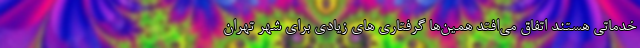
خدماتی هستند اتفاق می‌افتد همین‌ها گرفتاری های زیادی برای شهر تهران